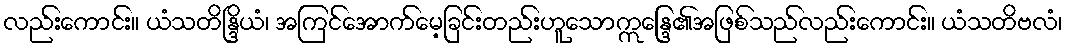
လည်းကောင်း။ ယံသတိန္ဒြိယံ၊ အကြင်အောက်မေ့ခြင်းတည်းဟူသောဣန္ဒြေ၏အဖြစ်သည်လည်းကောင်း။ ယံသတိဗလံ၊